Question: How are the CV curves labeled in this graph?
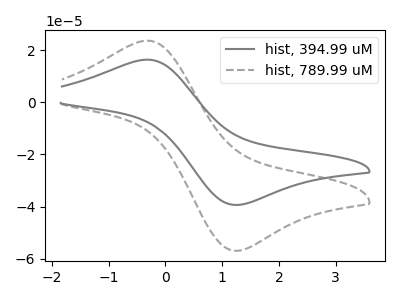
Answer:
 <answer>The gray curve is labeled "hist, 394.99 uM". The gray dashed curve is labeled "hist, 789.99 uM".</answer>
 <eval></eval>